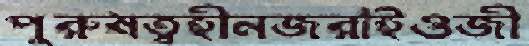
পুরুষত্বহীনজরাইওজী